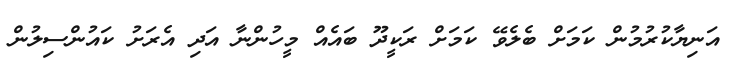
އަނިޔާކުރުމުން ކަމަށް ބެލެވޭ ކަމަށް ރަކީދޫ ބައެއް މީހުންނާ އަދި އެރަށު ކައުންސިލުން